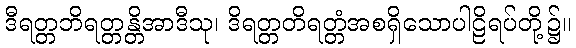
ဒီရတ္တဘိရတ္တန္တိအာဒီသု၊ ဒိရတ္တတိရတ္တံအစရှိသောပါဠိရပ်တို့၌။